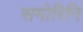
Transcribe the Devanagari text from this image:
समोरिनि